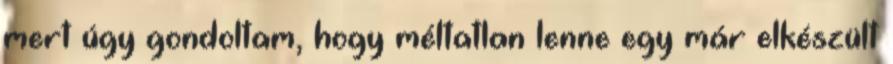
mert úgy gondoltam, hogy méltatlan lenne egy már elkészült